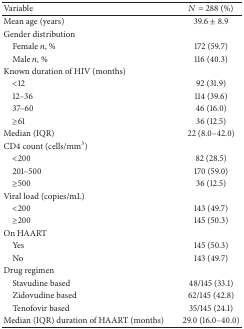
<table><thead><tr><td><b>Variable </b></td><td><b><i>N</i> = 288 (%)</b></td></tr></thead><tbody><tr><td>Mean age (years)</td><td>39.6 ± 8.9</td></tr><tr><td>Gender distribution</td><td> </td></tr><tr><td> Female <i>n</i>, %</td><td>172 (59.7)</td></tr><tr><td> Male <i>n</i>, %</td><td>116 (40.3)</td></tr><tr><td>Known duration of HIV (months)</td><td> </td></tr><tr><td> &lt;12</td><td>92 (31.9)</td></tr><tr><td> 12–36</td><td>114 (39.6)</td></tr><tr><td> 37–60</td><td>46 (16.0)</td></tr><tr><td> ≥61</td><td>36 (12.5)</td></tr><tr><td>Median (IQR)</td><td>22 (8.0–42.0)</td></tr><tr><td>CD4 count (cells/mm<sup>3</sup>)</td><td> </td></tr><tr><td> &lt;200</td><td>82 (28.5)</td></tr><tr><td> 201–500</td><td>170 (59.0)</td></tr><tr><td> ≥500</td><td>36 (12.5)</td></tr><tr><td>Viral load (copies/mL)</td><td> </td></tr><tr><td> &lt;200</td><td>143 (49.7)</td></tr><tr><td> ≥200</td><td>145 (50.3)</td></tr><tr><td>On HAART</td><td> </td></tr><tr><td> Yes</td><td>145 (50.3)</td></tr><tr><td> No</td><td>143 (49.7)</td></tr><tr><td>Drug regimen</td><td> </td></tr><tr><td> Stavudine based</td><td>48/145 (33.1)</td></tr><tr><td> Zidovudine based</td><td>62/145 (42.8)</td></tr><tr><td> Tenofovir based</td><td>35/145 (24.1)</td></tr><tr><td>Median (IQR) duration of HAART (months)</td><td>29.0 (16.0–40.0)</td></tr></tbody></table>